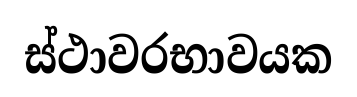
ස්ථාවරභාවයක